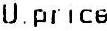
U.PRICE